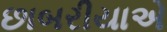
છાબરીયાએ